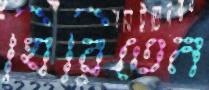
ঘিরিতেন